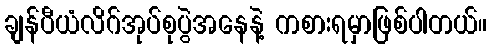
ချန်ပီယံလိဂ်အုပ်စုပွဲအနေနဲ့ ကစားရမှာဖြစ်ပါတယ်။